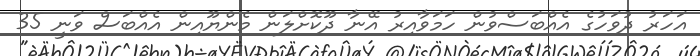
އަހަރު ދުވަހުގެ އެއްބަސްވުން ހަމަވާއިރު އޭނާ ދޫކޮށްލަން މެންޔޫއިން އެއްބަސް ވަނީ 35